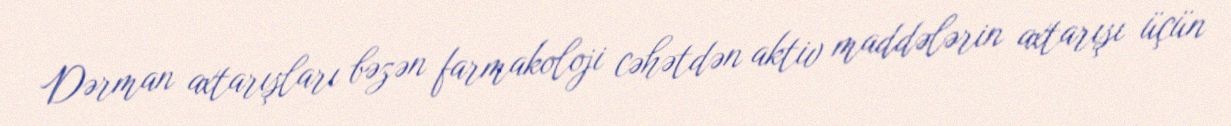
Dərman axtarışları bəzən farmakoloji cəhətdən aktiv maddələrin axtarışı üçün